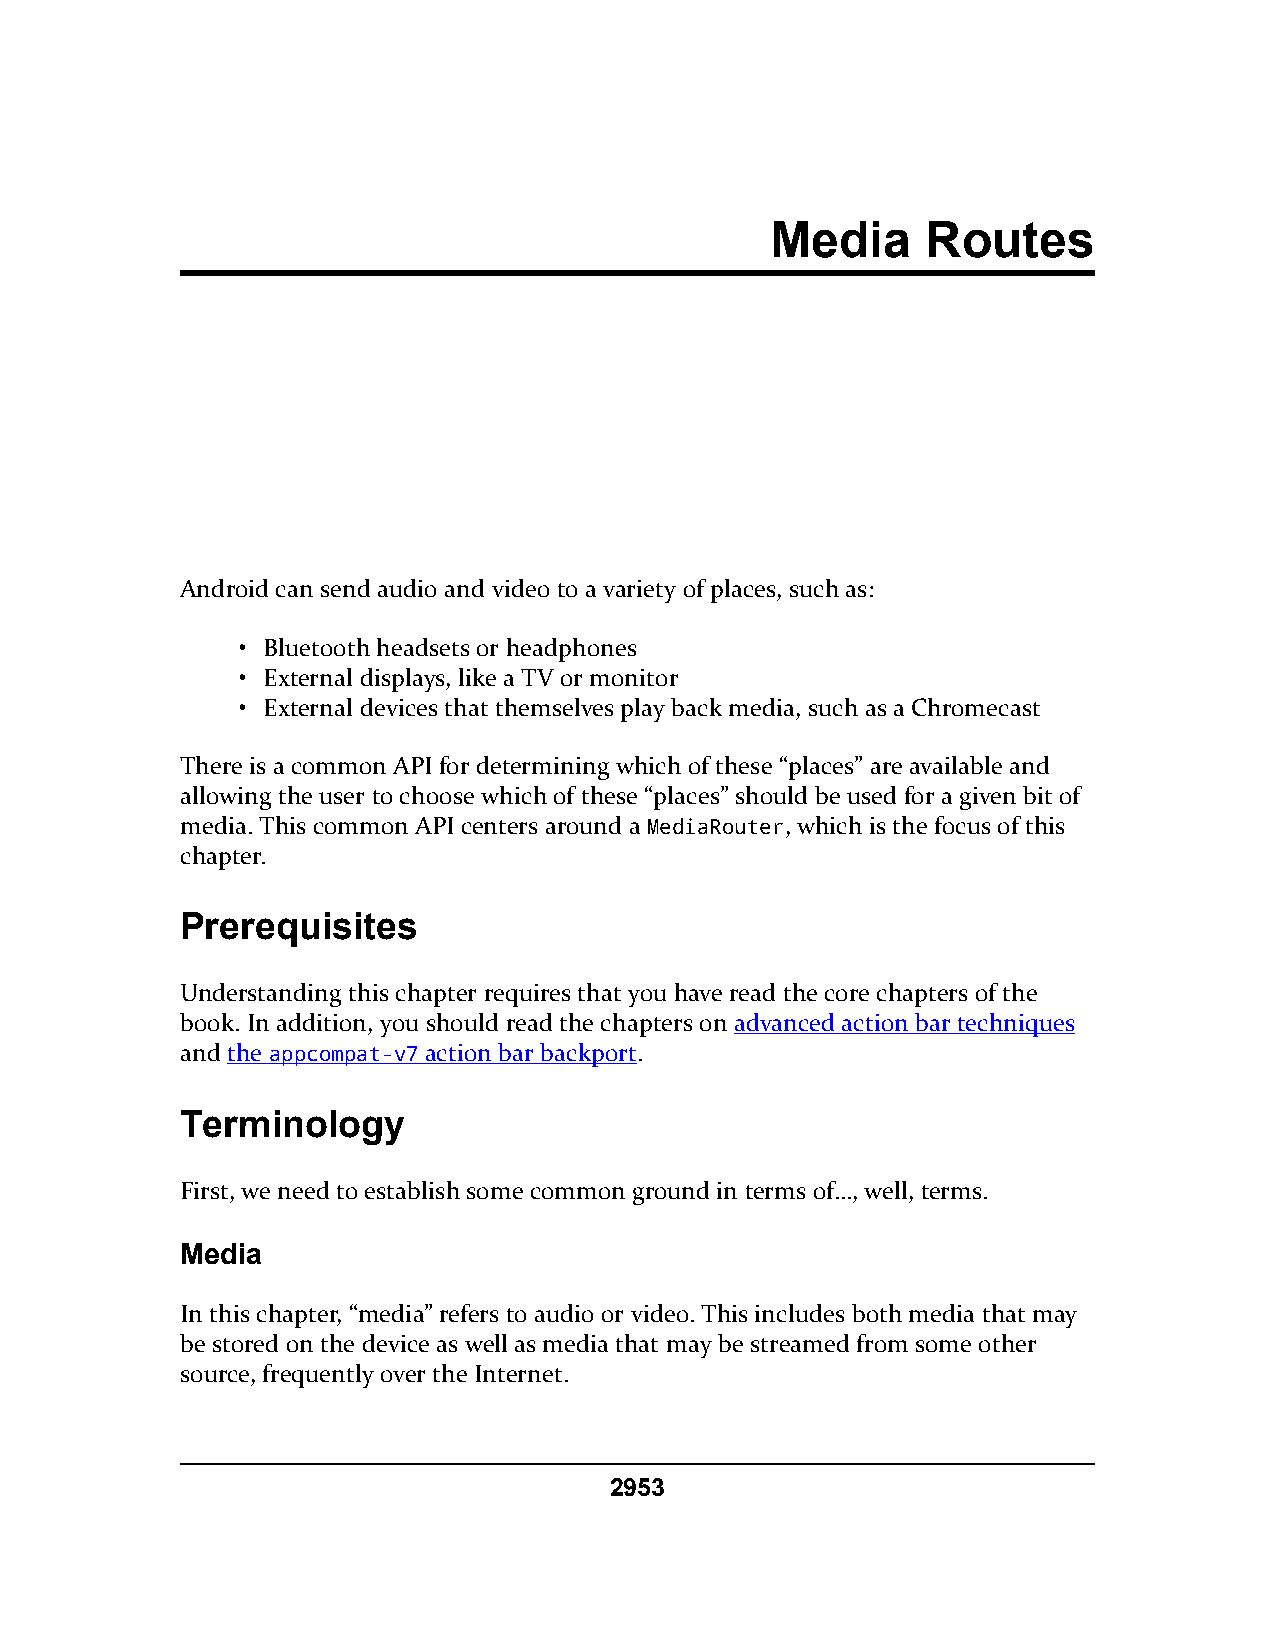
Media     Routes
 Android can send audio and video to a variety of places, such as:
 • Bluetooth headsets or headphones
 • External displays, like a TV or monitor
 • External devices that themselves play back media, such as a Chromecast
 There is a common API for determining which of these “places” are available and
 allowing the user to choose which of these “places” should be used for a given bit of
 media. This common API centers around a MediaRouter, which is the focus of this
 chapter.
 Prerequisites
 Understanding this chapter requires that you have read the core chapters of the
 book. In addition, you should read the chapters on advanced action bar techniques
 and the appcompat-v7 action bar backport.
 Terminology
 First, we need to establish some common ground in terms of…, well, terms.
 Media
 In this chapter, “media” refers to audio or video. This includes both media that may
 be stored on the device as well as media that may be streamed from some other
 source, frequently over the Internet.
 2953